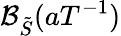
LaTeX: \mathcal{B}_{\tilde{S}}(aT^{-1})